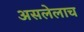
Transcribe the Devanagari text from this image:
असलेलाच